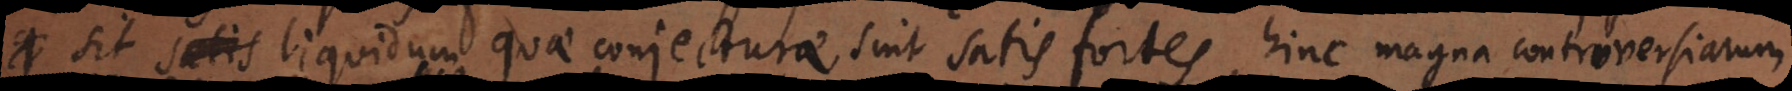
sit satis liquidum quae conjecturae sint satis fortes, hinc magna controversiarum